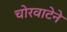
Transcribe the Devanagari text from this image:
चोरवाटेने